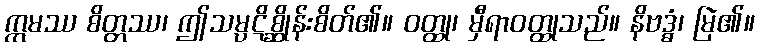
ဣမဿ စိတ္တဿ၊ ဤသမ္ပဋိစ္ဆိုန်းစိတ်၏။ ဝတ္ထု၊ မှီရာဝတ္ထုသည်။ နိဗဒ္ဓံ၊ မြဲ၏။